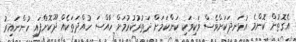
އެގޮތުން ކޮންމެ އުޅަނދަކަށްވެސް ވަކިވަކި ކަންކަމަށް ދަތުރުކުރުމަށް ހާއްސަ ހުއްދަތަކެއް ދޫކޮށްފައި ހުންނައިރު